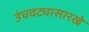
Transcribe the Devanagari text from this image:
उंचवट्यासारखे